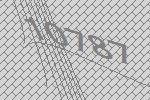
10787